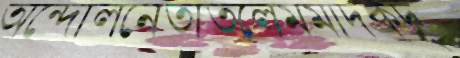
অন্দোলনেতাতলেমমাদকদ্